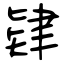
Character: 肄